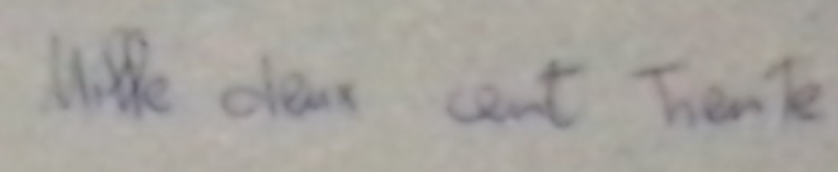
Mille deux cent trente